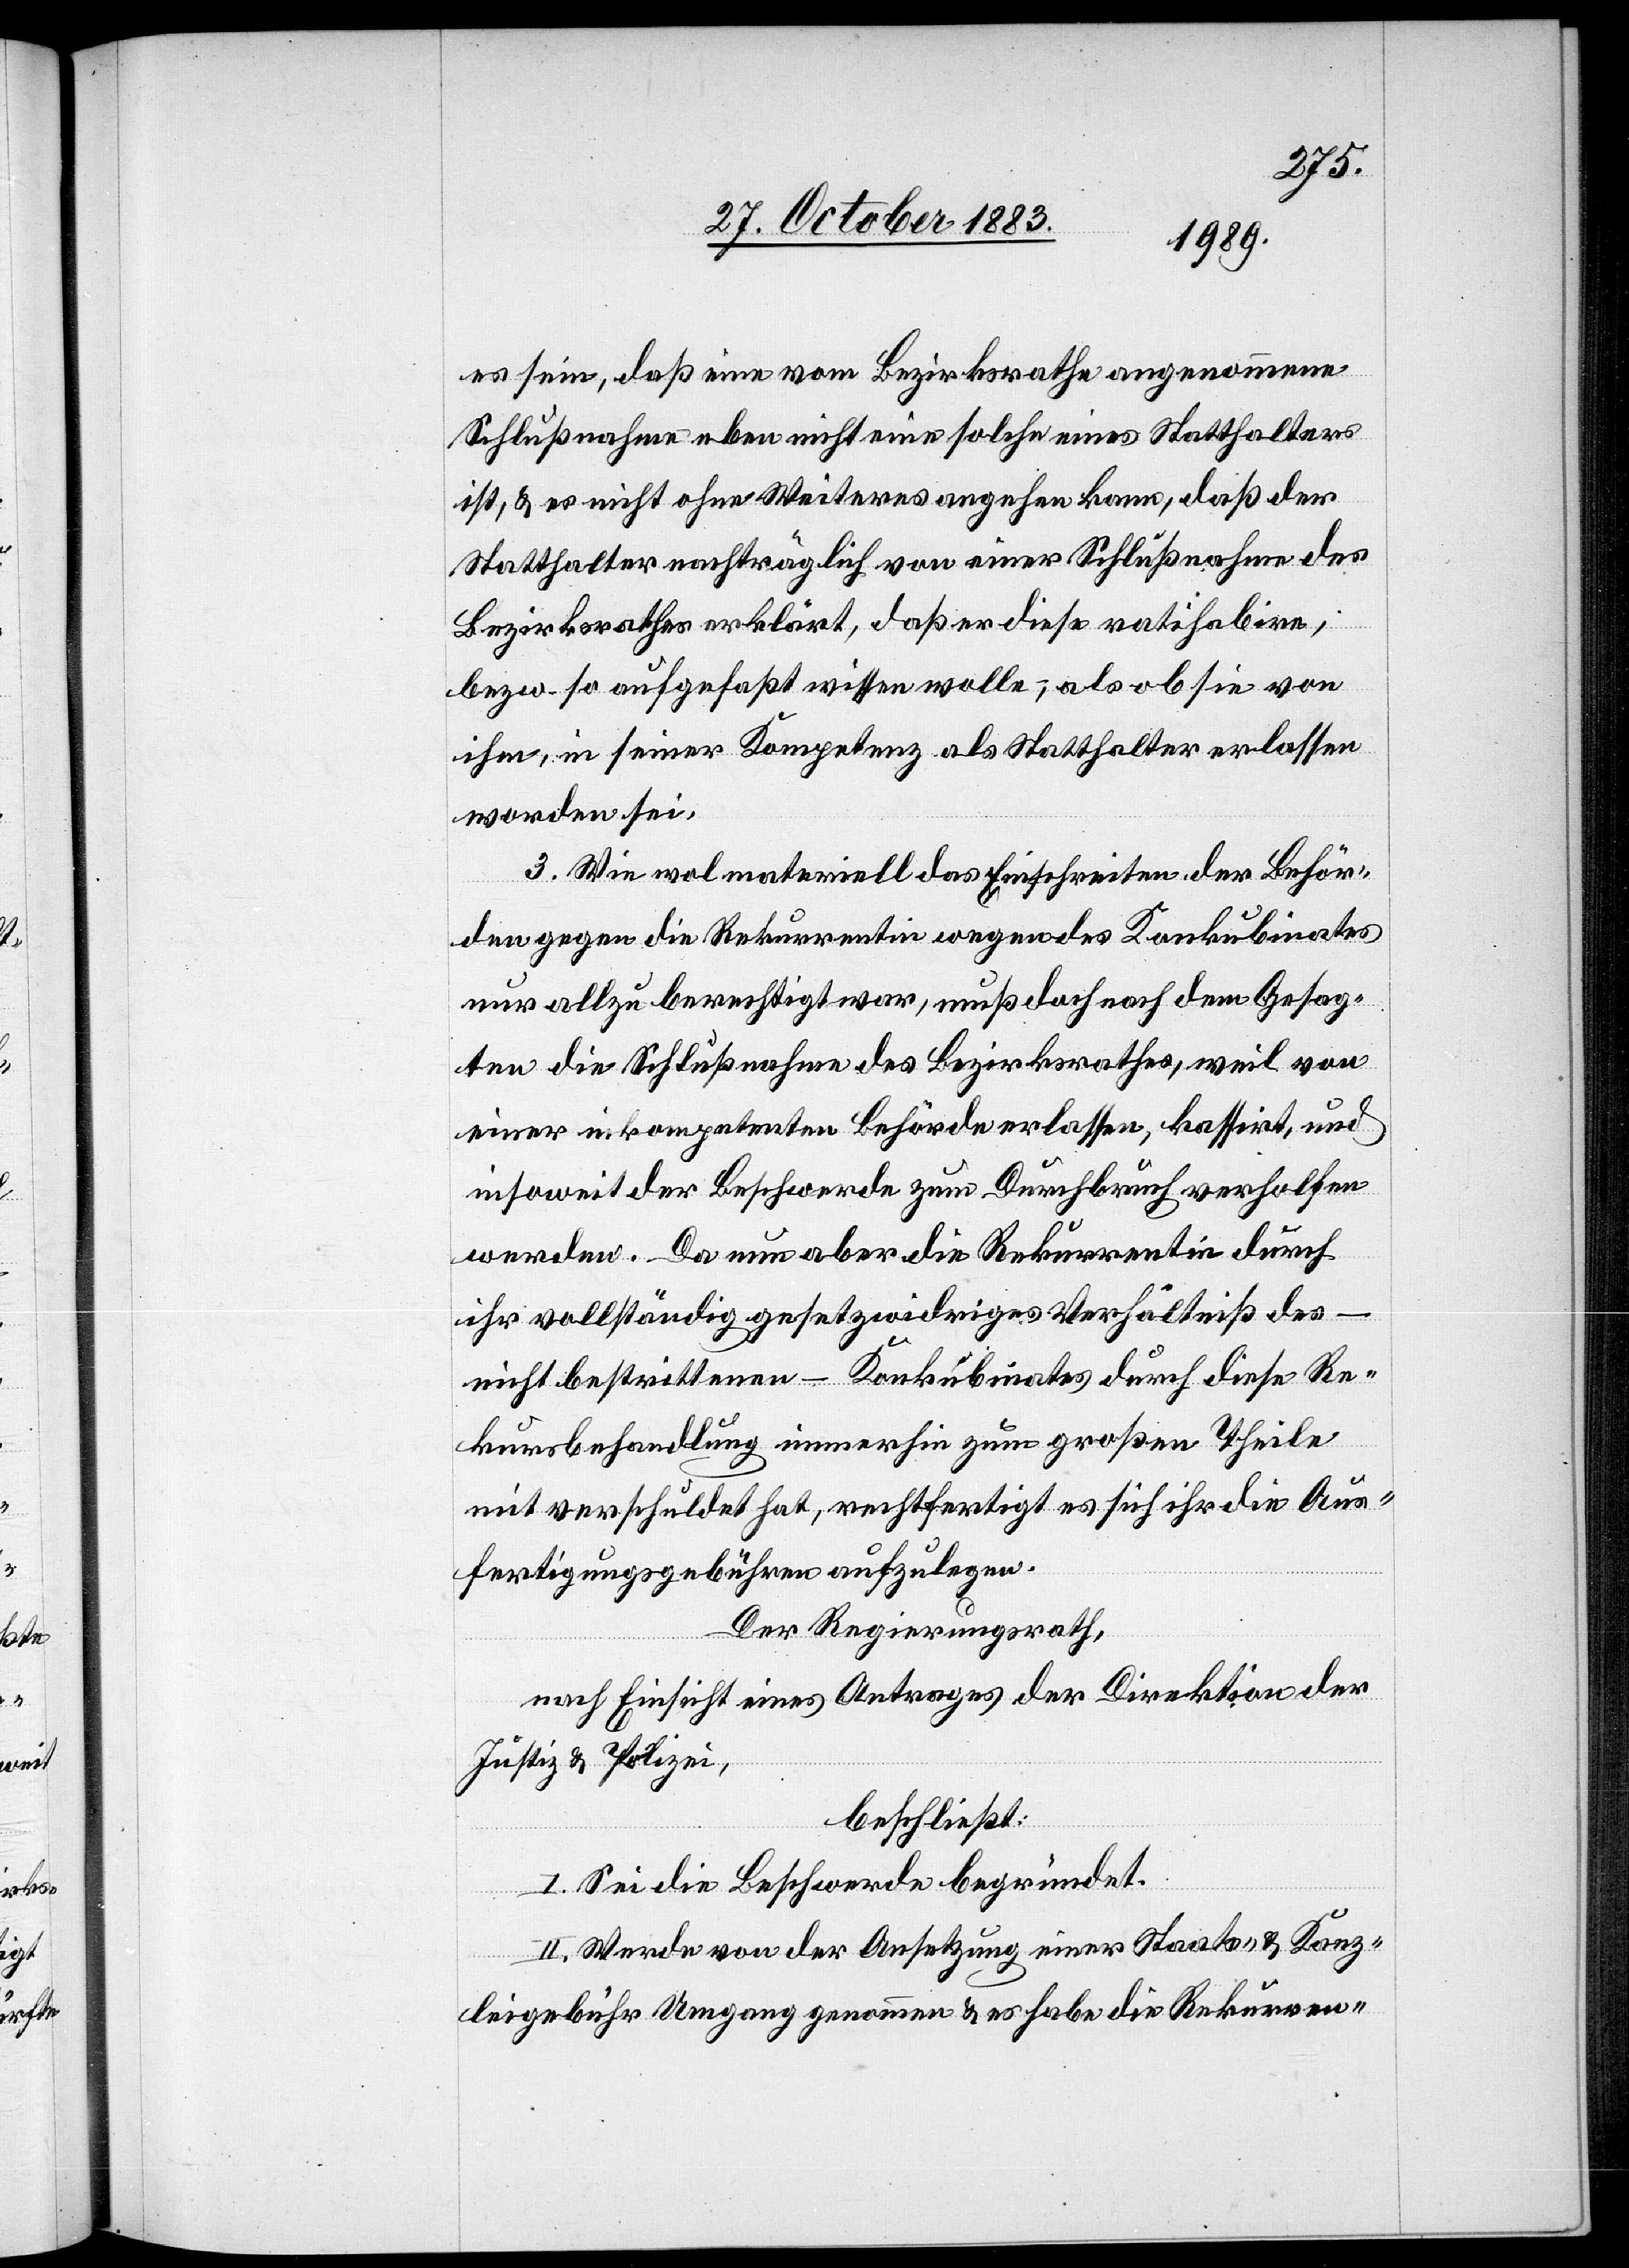
es sein, daß eine vom Bezirksrathe angenommene
Schlußnahme eben nicht eine solche eines Statthalters
ist, & es nicht ohne Weiteres angehen kann, daß der
Statthalter nachträglich von einer Schlußnahme des
Bezirksrathes erklärt, daß er diese ratihabire,
bezw. so aufgefaßt wissen wolle, als ob sie von
ihm, in seiner Kompetenz als Statthalter erlassen
worden sei.
3. Wie wol materiell das Einschreiten der Behör¬
den gegen die Rekurrentin wegen des Konkubinates
nur allzu berechtigt war, muß doch nach dem Gesag¬
ten die Schlußnahme des Bezirksrathes, weil von
einer inkompetenten Behörde erlassen, kassirt, und
insoweit der Beschwerde zum Durchbruch verholfen
werden. Da nun aber die Rekurrentin durch
ihr vollständig gesetzwidriges Verhältniß des –
nicht bestrittenen – Konkubinates durch diese Re¬
kursbehandlung immerhin zum großen Theile
mit verschuldet hat, rechtfertigt es sich ihr die Aus¬
fertigungsgebühren aufzulegen.
Der Regierungsrath,
nach Einsicht eines Antrages der Direktion der
Justiz & Polizei,
beschließt:
I. Sei die Beschwerde begründet.
II. Werde von der Ansetzung einer Staats- & Kanz¬
leigebühr Umgang genommen & es habe die Rekurren-